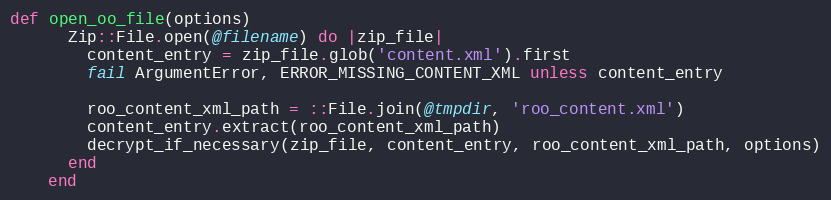
Language: Ruby
def open_oo_file(options)
      Zip::File.open(@filename) do |zip_file|
        content_entry = zip_file.glob('content.xml').first
        fail ArgumentError, ERROR_MISSING_CONTENT_XML unless content_entry

        roo_content_xml_path = ::File.join(@tmpdir, 'roo_content.xml')
        content_entry.extract(roo_content_xml_path)
        decrypt_if_necessary(zip_file, content_entry, roo_content_xml_path, options)
      end
    end